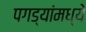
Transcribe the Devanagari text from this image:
पगड्यांमध्ये